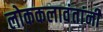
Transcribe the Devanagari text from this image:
लोककलावंतांनी